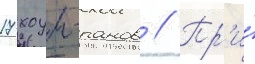
17 хоум-ранов // Пр'и́